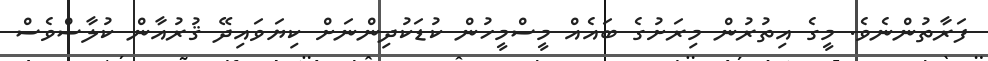
ފަރާތުންނެވެ. މީގެ އިތުރުން މިރަށުގެ ބައެއް މީސްމީހުން ކުޑަކުދިންނަށް ކިޔަވައިދޭ ޤުރުއާން ކުލާސްވެސް